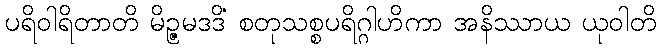
ပရိဝါရိတာတိ မိဉ္ဇမဒဒိံ စတုသစ္စပရိဂ္ဂါဟိကာ အနိဿာယ ယုဝါတိ